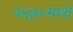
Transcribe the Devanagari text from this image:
१५७०मध्ये